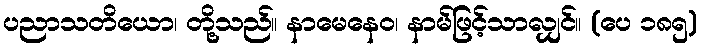
ပညာသတိယော၊ တို့သည်။ နာမေနေဝ၊ နာမ်ဖြင့်သာလျှင်။ (ပေ ၁၈၅)